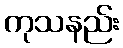
ကုသနည်း